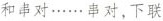
和串对......串对，下联